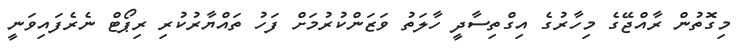
މިގޮތުން ރާއްޖޭގެ މިހާރުގެ އިގްތިސާދީ ހާލަތު ވަޒަންކުރުމަށް ފަހު ތައްޔާރުކުރި ރިޕޯޓް ނެރެފައިވަނީ